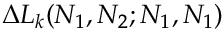
\Delta L _ { k } ( N _ { 1 } , N _ { 2 } ; N _ { 1 } , N _ { 1 } )